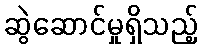
ဆွဲဆောင်မှုရှိသည့်